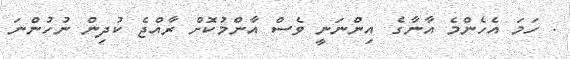
. ހަމަ އެހެންމެ އާނާގެ އިންނަނީ ވެސް އާންމުކޮށް ރާއްޖެ ކުދިން ނުހުންނަ